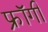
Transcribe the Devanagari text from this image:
फ्रॉगी